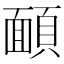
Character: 𩔁